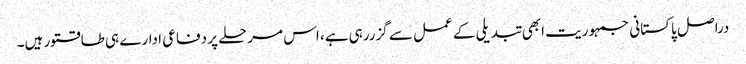
دراصل پاکستانی جمہوریت ابھی تبدیلی کے عمل سے گزررہی ہے، اس مرحلے پر دفاعی ادارے ہی طاقتور ہیں۔